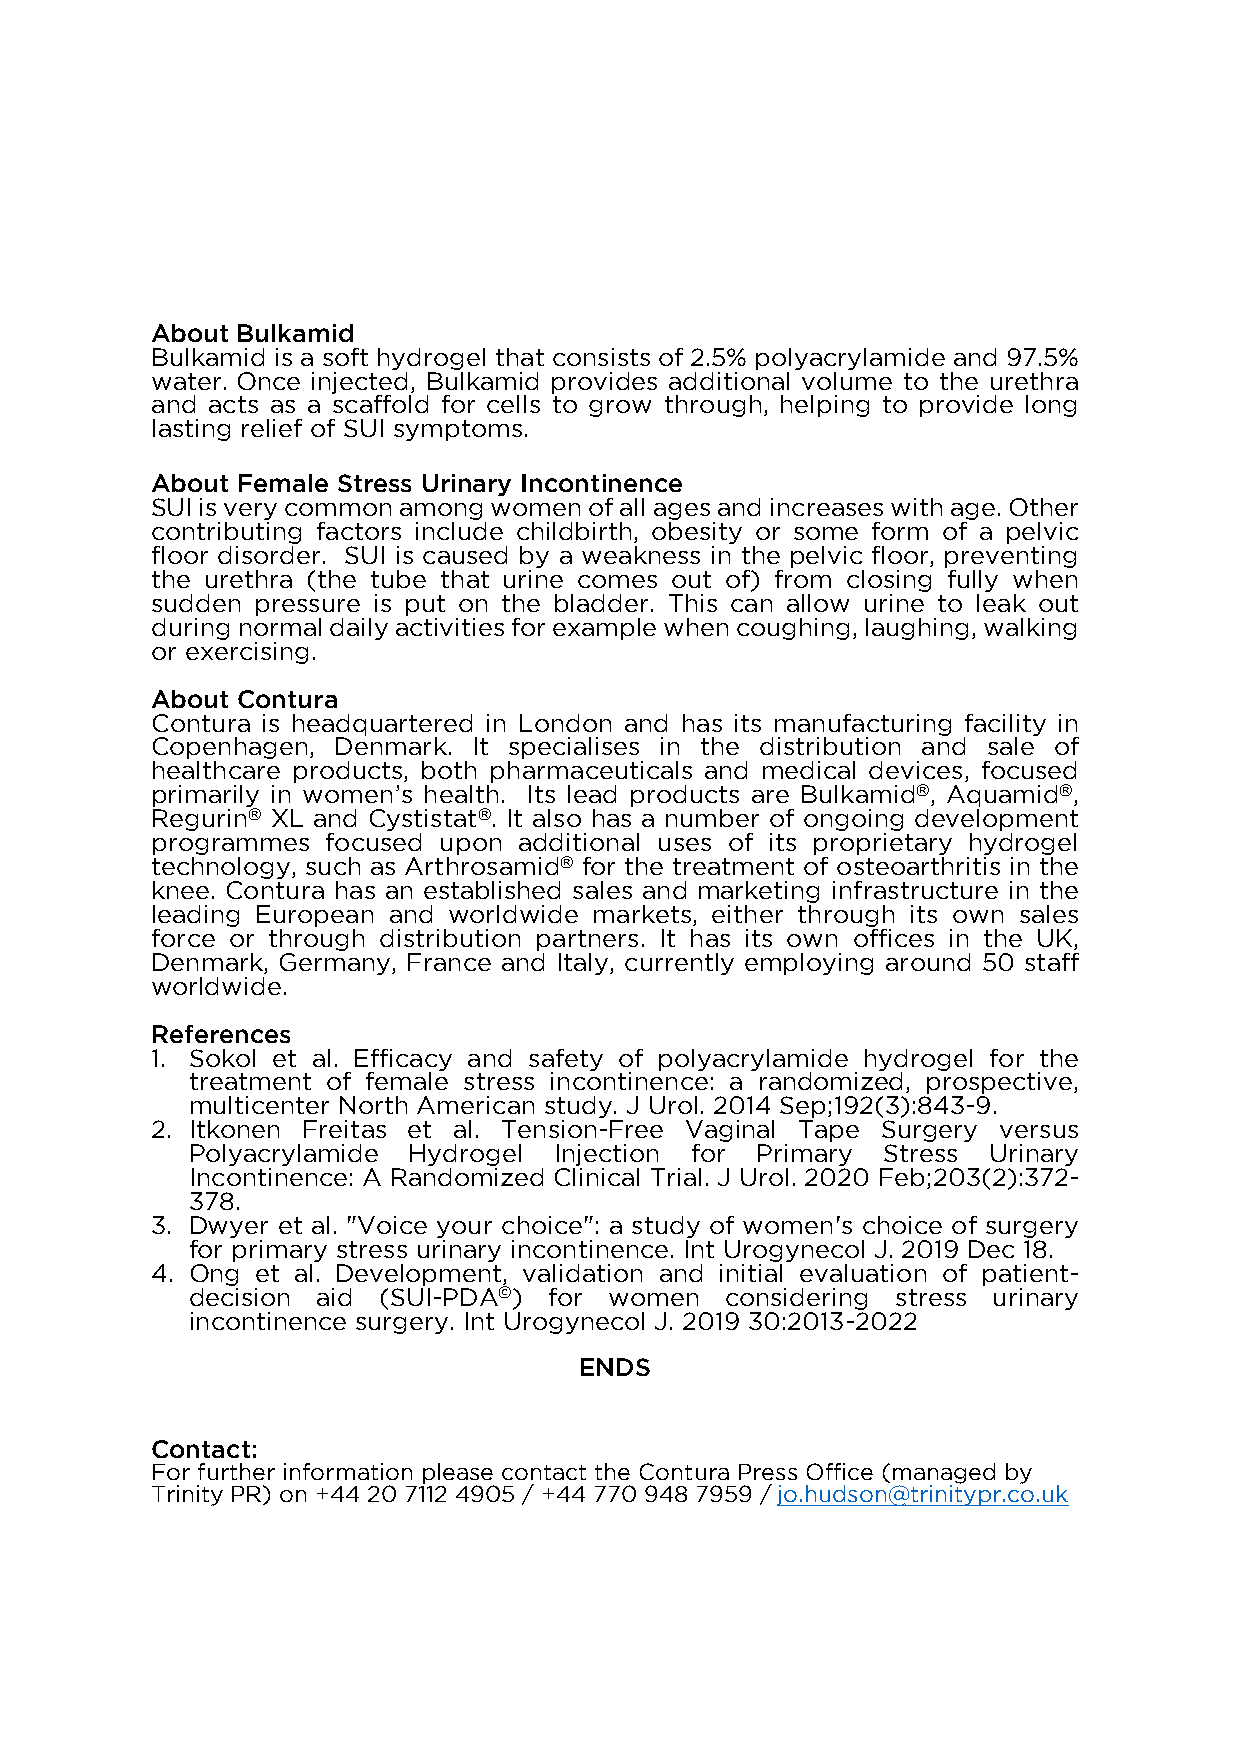
About Bulkamid
 Bulkamid is a soft hydrogel that consists of 2.5% polyacrylamide and 97.5%
 water. Once injected, Bulkamid provides additional volume to the urethra
 and acts as a scaffold for cells to grow through, helping to provide long
 lasting relief of SUI symptoms.
 About Female Stress Urinary Incontinence
 SUI is very common among women of all ages and increases with age. Other
 contributing factors include childbirth, obesity or some form of a pelvic
 floor disorder. SUI is caused by a weakness in the pelvic floor, preventing
 the urethra (the tube that urine comes out of) from closing fully when
 sudden pressure is put on the bladder. This can allow urine to leak out
 during normal daily activities for example when coughing, laughing, walking
 or exercising.
 About Contura
 Contura is headquartered in London and has its manufacturing facility in
 Copenhagen, Denmark. It specialises in the distribution and sale of
 healthcare products, both pharmaceuticals and medical devices, focused
 primarily in women’s health. Its lead products are Bulkamid®, Aquamid®,
 Regurin® XL and Cystistat®. It also has a number of ongoing development
 programmes  focused upon additional uses of its proprietary hydrogel
 technology, such as Arthrosamid® for the treatment of osteoarthritis in the
 knee. Contura has an established sales and marketing infrastructure in the
 leading European and worldwide markets, either through its own sales
 force or through distribution partners. It has its own offices in the UK,
 Denmark, Germany, France and Italy, currently employing around 50 staff
 worldwide.
 References
 1. Sokol et al. Efficacy and safety of polyacrylamide hydrogel for the
 treatment of female stress incontinence: a randomized, prospective,
 multicenter North American study. J Urol. 2014 Sep;192(3):843-9.
 2. Itkonen Freitas et al. Tension-Free Vaginal Tape Surgery versus
 Polyacrylamide Hydrogel  Injection for Primary Stress Urinary
 Incontinence: A Randomized Clinical Trial. J Urol. 2020 Feb;203(2):372-
 378.
 3. Dwyer et al. "Voice your choice": a study of women's choice of surgery
 for primary stress urinary incontinence. Int Urogynecol J. 2019 Dec 18.
 4. Ong et al. Development, validation and initial evaluation of patient-
 decision aid (SUI-PDA©) for women   considering stress urinary
 incontinence surgery. Int Urogynecol J. 2019 30:2013-2022
 ENDS
 Contact:
 For further information please contact the Contura Press Office (managed by
 Trinity PR) on +44 20 7112 4905 / +44 770 948 7959 / jo.hudson@trinitypr.co.uk